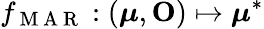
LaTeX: f_{\mathrm{~M~A~R~}}:(\boldsymbol\mu,\mathbf O)\mapsto\boldsymbol\mu^{*}